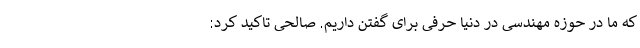
که ما در حوزه مهندسی در دنیا حرفی برای گفتن داریم. صالحی تاکید کرد: